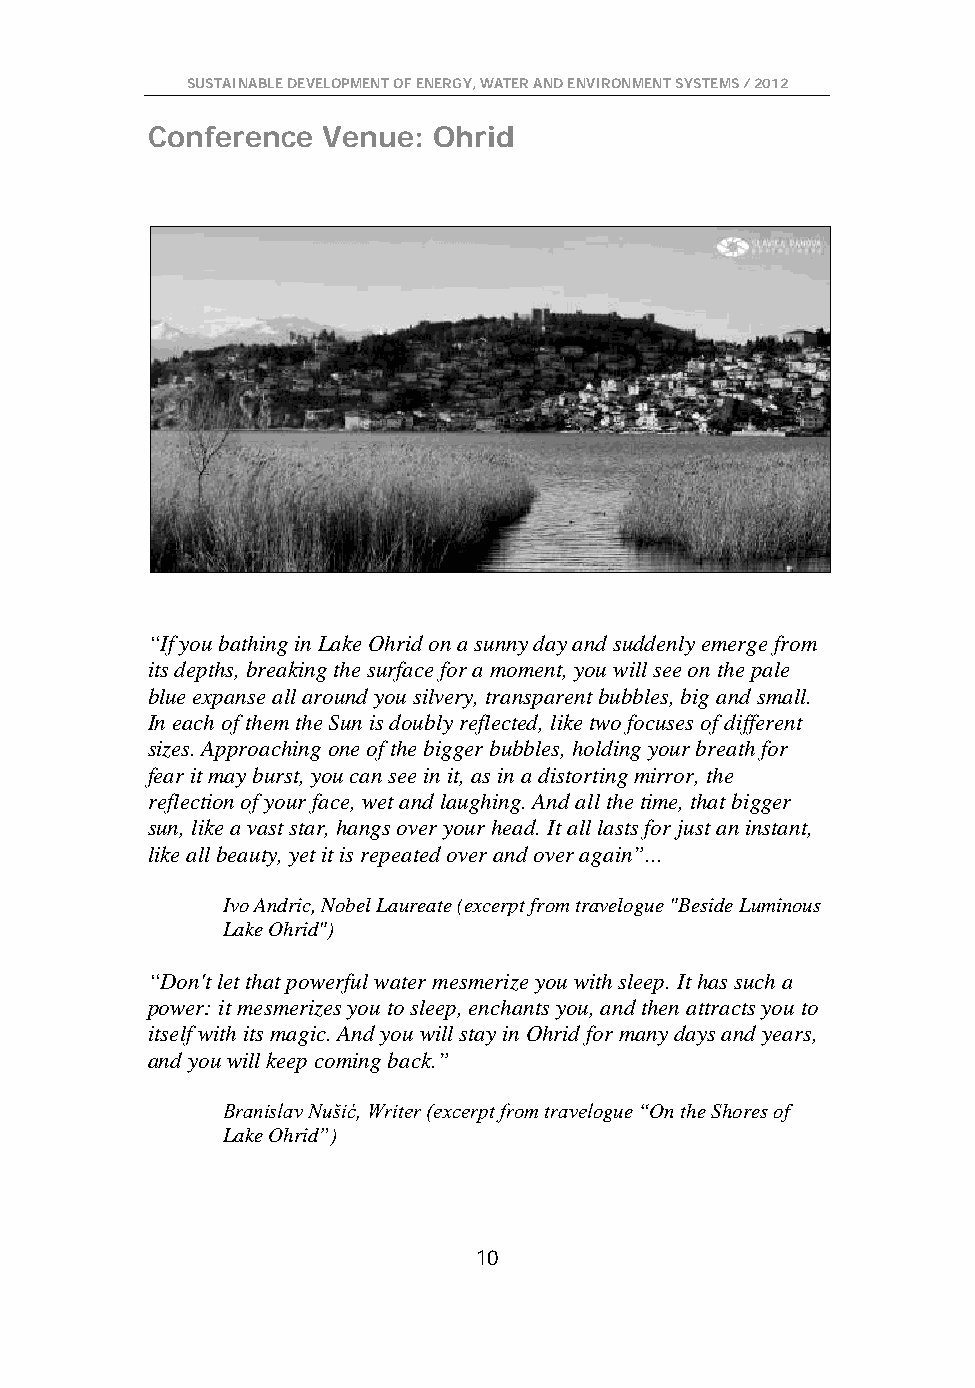
SUSTAINABLE DEVELOPMENT OF ENERGY, WATER AND ENVIRONMENT SYSTEMS / 2012
 Conference Venue:  Ohrid
 “If you bathing in Lake Ohrid on a sunny day and suddenly emerge from
 its depths, breaking the surface for a moment, you will see on the pale
 blue expanse all around you silvery, transparent bubbles, big and small.
 In each of them the Sun is doubly reflected, like two focuses of different
 sizes. Approaching one of the bigger bubbles, holding your breath for
 fear it may burst, you can see in it, as in a distorting mirror, the
 reflection of your face, wet and laughing. And all the time, that bigger
 sun, like a vast star, hangs over your head. It all lasts for just an instant,
 like all beauty, yet it is repeated over and over again”...
 Ivo Andric, Nobel Laureate (excerpt from travelogue "Beside Luminous
 Lake Ohrid")
 “Don't let that powerful water mesmerize you with sleep. It has such a
 power: it mesmerizes you to sleep, enchants you, and then attracts you to
 itself with its magic. And you will stay in Ohrid for many days and years,
 and you will keep coming back.”
 Branislav Nušić, Writer (excerpt from travelogue “On the Shores of
 Lake Ohrid”)
 10